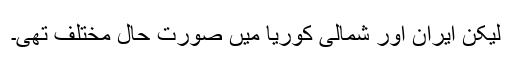
لیکن ایران اور شمالی کوریا میں صورت حال مختلف تھی۔